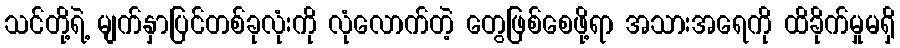
သင်တို့ရဲ့ မျက်နှာပြင်တစ်ခုလုံးကို လုံလောက်တဲ့ တွေဖြစ်စေဖို့ရာ အသားအရေကို ထိခိုက်မှုမရှိ